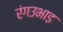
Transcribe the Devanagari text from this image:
रंगउभाड़